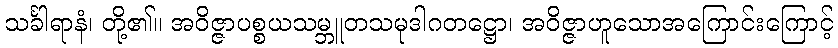
သင်္ခါရာနံ၊ တို့၏။ အဝိဇ္ဇာပစ္စယသမ္ဘူတသမုဒါဂတဋ္ဌော၊ အဝိဇ္ဇာဟူသောအကြောင်းကြောင့်